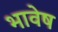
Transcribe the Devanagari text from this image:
भावेष